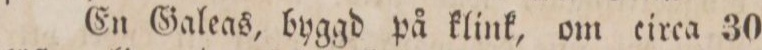
En Galeas, byggd på klink, om eirca 30